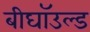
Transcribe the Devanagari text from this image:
बीघॉउल्ड